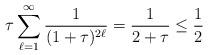
LaTeX: \begin{align*}\tau\sum_{\ell=1}^{\infty}\frac{1}{(1+\tau)^{2\ell}}=\frac{1}{2+\tau}\le \frac12\end{align*}